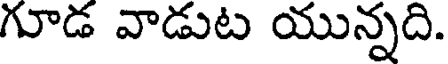
గూడ వాడుట యున్నది.